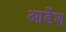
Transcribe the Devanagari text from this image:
आर्डेश